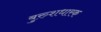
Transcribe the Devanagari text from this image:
बुरुशधारक